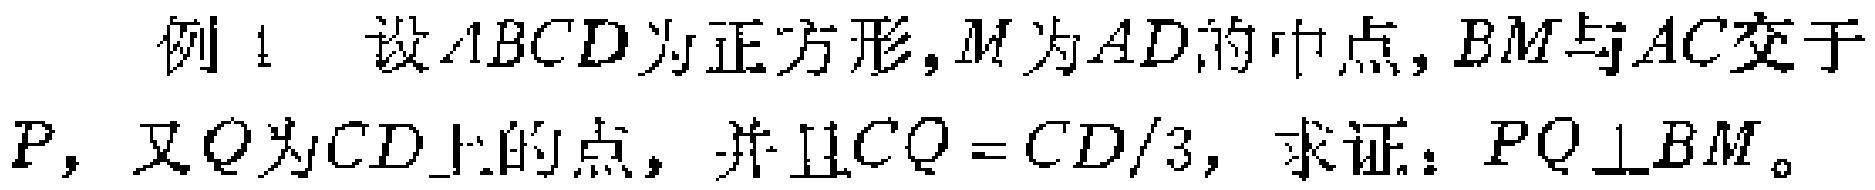
例1 设 \(ABCD\) 为正方形，\(M\) 为 \(AD\) 的中点，\(BM\) 与 \(AC\) 交于 \(P\)，又 \(Q\) 为 \(CD\) 上的点，并且 \(CQ = CD/3\)，求证：\(PQ\perp BM\)。